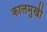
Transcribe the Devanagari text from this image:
कालमुखी